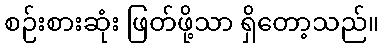
စဉ်းစားဆုံး ဖြတ်ဖို့သာ ရှိတော့သည်။